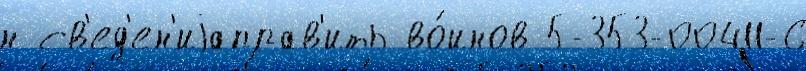
н св'ед'ен'иjаправ'ить во́инов 5-353-00411-6